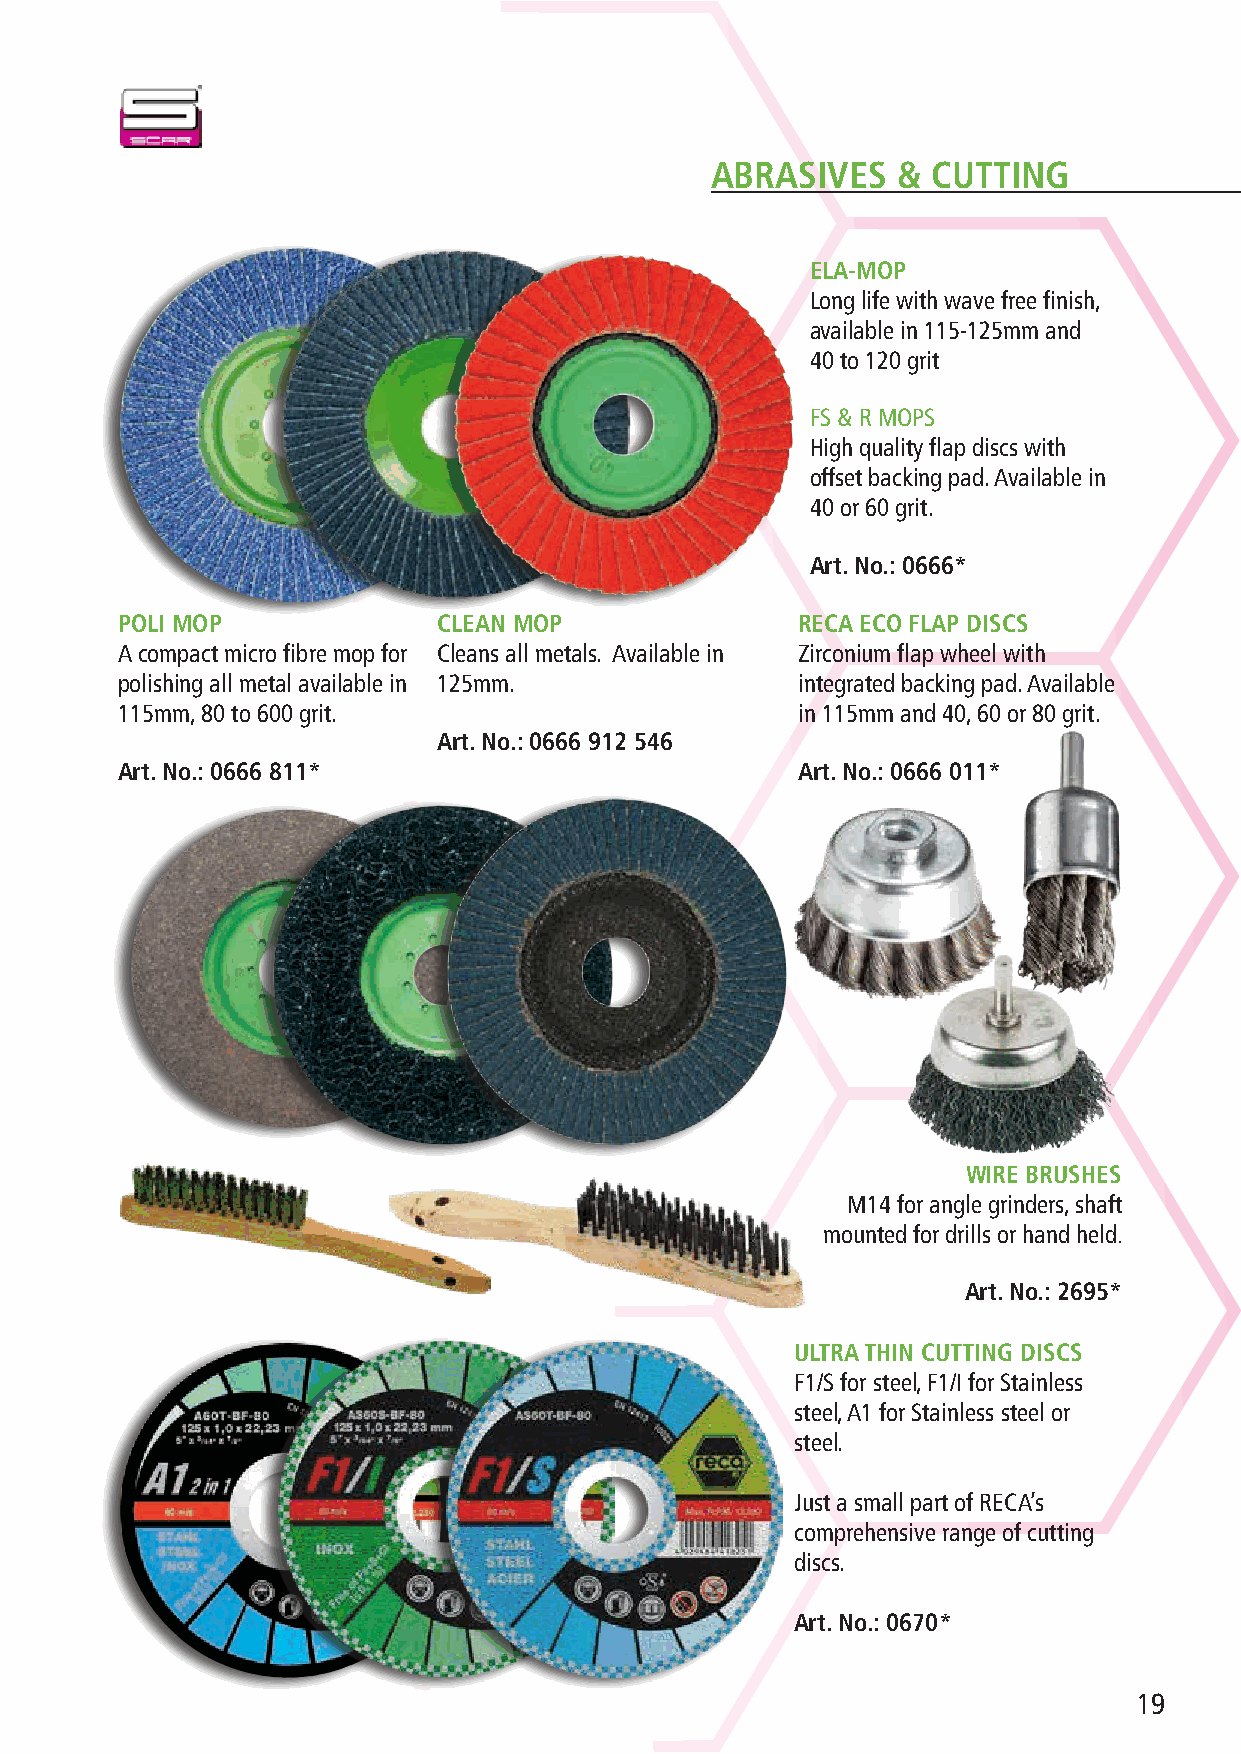
ABRASIVES   &  CUTTING
 ELA-MOP
 Long life with wave free finish,
 available in 115-125mm and
 40 to 120 grit
 FS & R MOPS
 High quality flap discs with
 offset backing pad. Available in
 40 or 60 grit.
 Art. No.: 0666*
 POLI MOP             CLEAN MOP               RECA ECO FLAP DISCS
 A compact micro fibre mop for Cleans all metals. Available in Zirconium flap wheel with
 polishing all metal available in 125mm.      integrated backing pad. Available
 115mm, 80 to 600 grit.                       in 115mm and 40, 60 or 80 grit.
 Art. No.: 0666 912 546
 Art. No.: 0666 811*                          Art. No.: 0666 011*
 WIRE BRUSHES
 M14 for angle grinders, shaft
 mounted for drills or hand held.
 Art. No.: 2695*
 ULTRA THIN CUTTING DISCS
 F1/S for steel, F1/I for Stainless
 steel, A1 for Stainless steel or
 steel.
 Just a small part of RECA’s
 comprehensive range of cutting
 discs.
 Art. No.: 0670*
 19